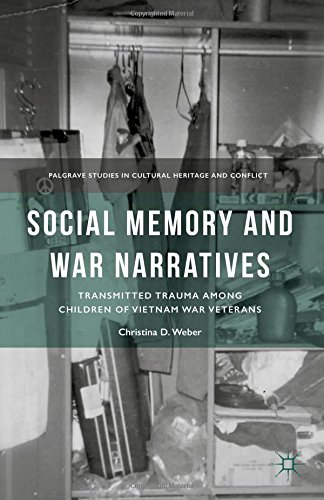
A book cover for Social Memory and War Narratives: Transmitted Trauma among Children of Vietnam War Veterans (Palgrave Studies in Cultural Heritage and Conflict (PSCHC)); Christina D. Weber; Parenting & Relationships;